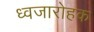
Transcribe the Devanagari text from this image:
ध्वजारोहक